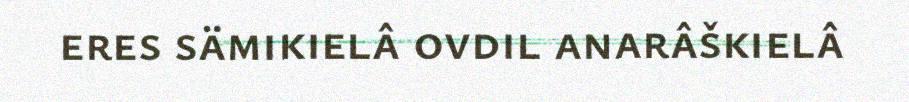
eres sämikielâ ovdil anarâškielâ